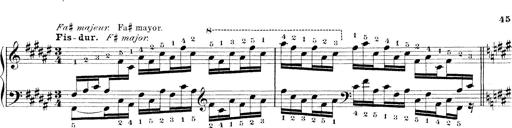
Title: Technische Studien
Composer: Franz Liszt